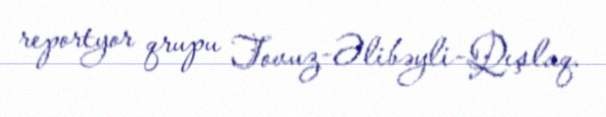
reportyor qrupu Tovuz-Əlibəyli-Qışlaq.